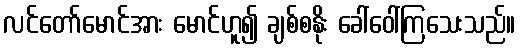
လင်တော်မောင်အား မောင်ဟူ၍ ချစ်စနိုး ခေါ်ဝေါ်ကြသေးသည်။